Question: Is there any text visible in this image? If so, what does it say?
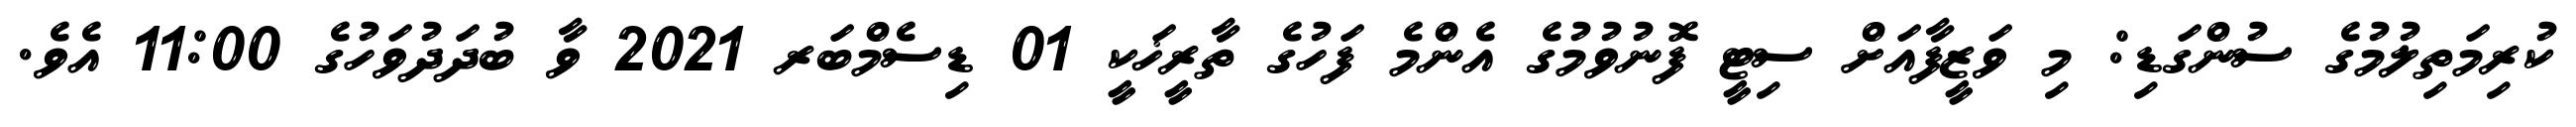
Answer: ކުރިމަތިލުމުގެ ސުންގަޑި: މި ވަޒީފާއަށް ސިޓީ ފޮނުވުމުގެ އެންމެ ފަހުގެ ތާރީޚަކީ 01 ޑިސެމްބަރ 2021 ވާ ބުދަދުވަހުގެ 11:00 އެވެ.